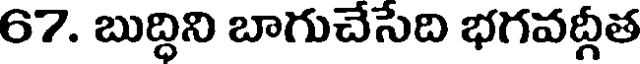
67. బుద్ధిని బాగుచేసేది భగవద్గీత